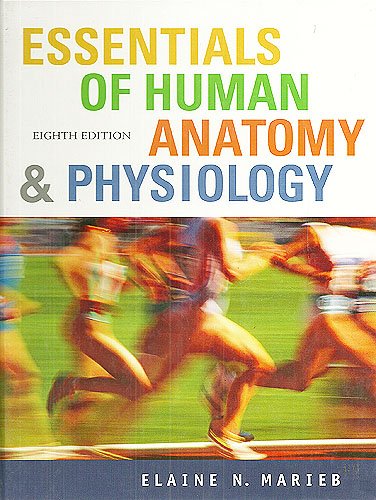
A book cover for Essentials of Human Anatomy and Physiology; Elaine Nicpon Marieb; Teen & Young Adult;